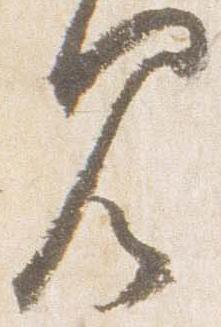
見